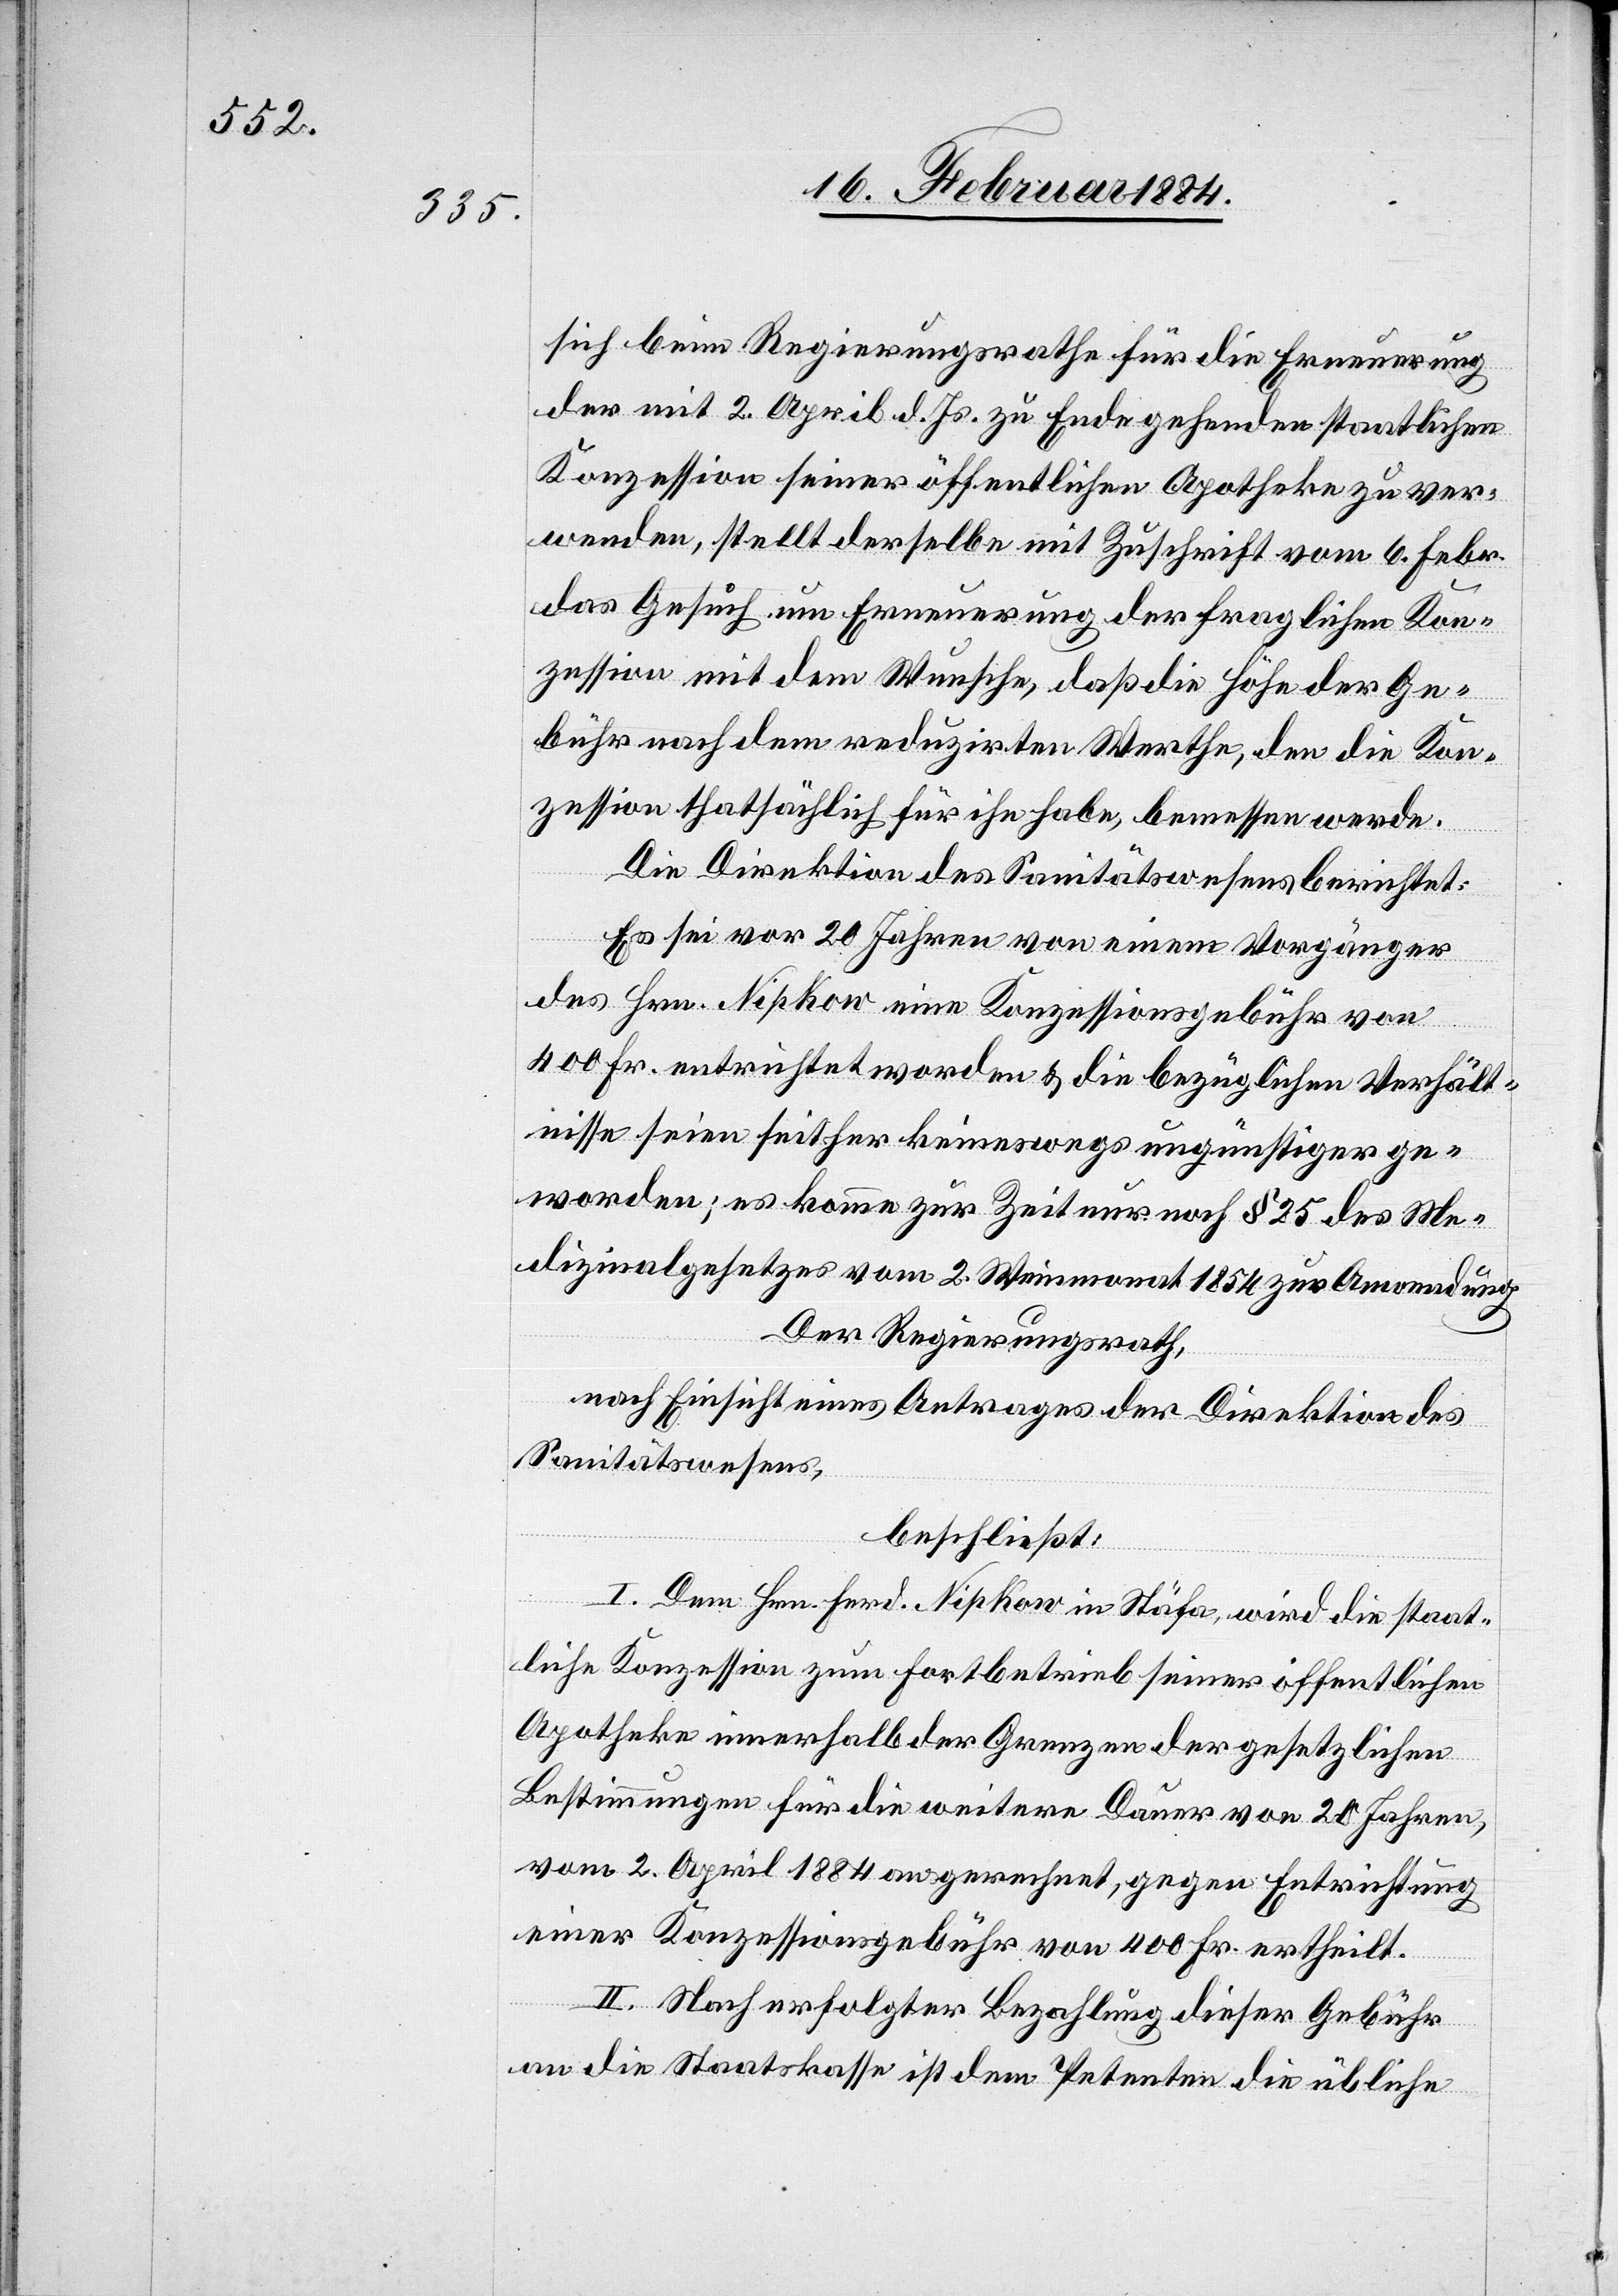
sich beim Regierungsrathe für die Erneuerung
der mit 2. April d. Js. zu Ende gehenden staatlichen
Konzession seiner öffentlichen Apotheke zu ver¬
wenden, stellt derselbe mit Zuschrift vom 6. Febr.
das Gesuch um Erneuerung der fraglichen Kon¬
zession mit dem Wunsche, daß die Höhe der Ge¬
bühr nach dem reduzirten Werthe, den die Kon¬
zession thatsächlich für ihn habe, bemessen werde.
Die Direktion des Sanitätswesens berichtet:
Es sei vor 10 Jahren von einem Vorgänger
des Hrn. Nipkow eine Konzessionsgebühr von
400 Fr. entrichtet worden & die bezüglichen Verhält¬
nisse seien seither keineswegs ungünstiger ge¬
worden; es komme zur Zeit nur noch § 25 des Me¬
dizinalgesetzes vom 2. Weinmonat 1854 zur Anwendung.
Der Regierungsrath,
nach Einsicht eines Antrages der Direktion des
Sanitätswesens,
beschließt:
I. Dem Hrn. Ferd. Nipkow in Stäfa, wird die staat¬
liche Konzession zum Fortbetrieb seiner öffentlichen
Apotheke innerhalb der Grenzen der gesetzlichen
Bestimmungen für die weitere Dauer von 20 Jahren,
vom 2. April 1884 angerechnet, gegen Entrichtung
einer Konzessionsgebühr von 400 Fr. ertheilt.
II. Nach erfolgter Bezahlung dieser Gebühr
an die Staatskasse ist dem Petenten die übliche